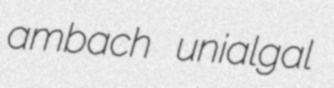
ambach unialgal